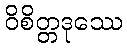
ဝိစိတ္တဒုဿေ